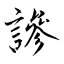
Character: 謲